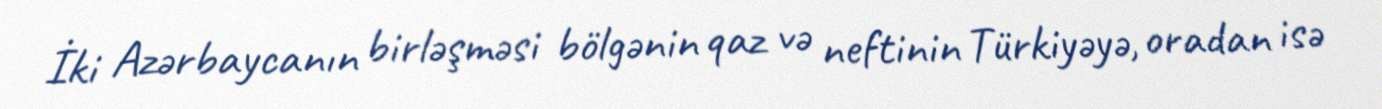
İki Azərbaycanın birləşməsi bölgənin qaz və neftinin Türkiyəyə, oradan isə